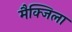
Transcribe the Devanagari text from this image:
मैक्जिला